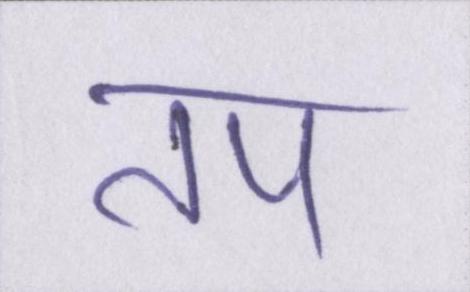
तप